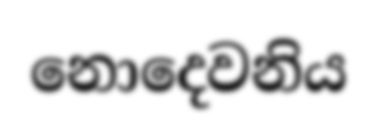
නොදෙවනිය